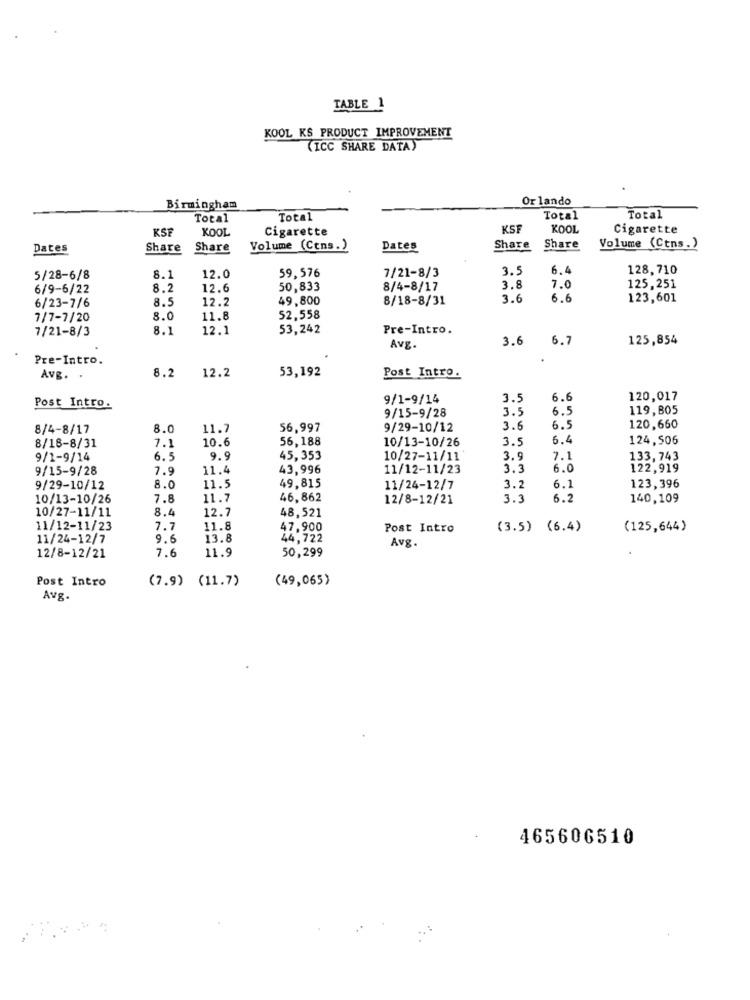
TABLE 1
KOOL KS PRODUCT IMPROVEMENT
(ICC SHARE DATA)
Orlando
Birmingham
Total
Total
Total
Total
KSF
KOOL
Cigarette
KSF
KOOL
Cigarette
Dates
Share
Share
Volume (Cons.)
Dates
Share
Share
Volume (Ctns.)
3.5
6.4
128,710
5/28-6/8
8.1
12.0
59,576
7/21-8/3
6/9-6/22
8.2
12.6
50,833
8/4-8/17
3.8
7.0
125,251
6/23-7/6
8.5
12.2
49,800
8/18-8/31
3.6
6.6
123,601
7/7-7/20
8.0
11.8
52,558
7/21-8/3
8.1
12.1
53,242
Pre-Intro.
3.6
6.7
125,854
Avg.
Pre-Intro.
12.2
53,192
Post Intro.
Avg. .
8.2
9/1-9/14
3.5
6.6
120,017
Post Intro.
3.5
6.5
119,805
9/15-9/28
8/4-8/17
8.0
11.7
56,997
9/29-10/12
3.6
6.5
120,660
10.6
56,188
10/13-10/26
3.5
6.4
124,506
8/18-8/31
7.1
9/1-9/14
6.5
9.9
45,353
10/27-11/11
3.9
7.1
133,743
9/15-9/28
7.9
11.4
43,996
11/12-11/23
3.3
6.0
122,919
9/29-10/12
8.0
11.5
49,815
11/24-12/7
3.2
6.1
123,396
10/13-10/26
7.8
11.
46, 862
12/8-12/21
3.3
6.2
140,109
10/27-11/11
8.4
12.7
48,521
11/12-11/23
7.
11.8
47,900
Post Intro
(3.5) (6.4)
(125,644)
11/24-12/7
9.6
13.8
44,722
Avg.
7.6
11.9
50,299
12/8-12/21
(7.9) (11.7)
(49,065)
Post Intro
Avg.
465606510